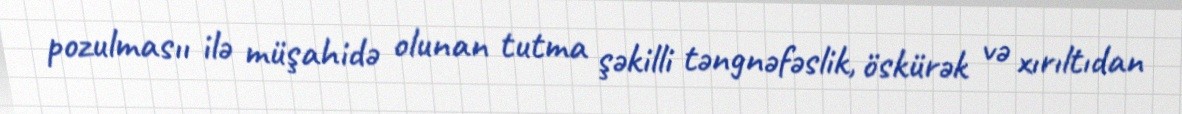
pozulmasıı ilə müşahidə olunan tutma şəkilli təngnəfəslik, öskürək və xırıltıdan